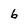
Character: 6